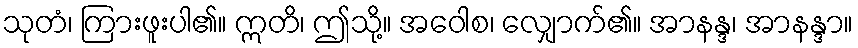
သုတံ၊ ကြားဖူးပါ၏။ ဣတိ၊ ဤသို့။ အဝေါစ၊ လျှောက်၏။ အာနန္ဒ၊ အာနန္ဒာ။